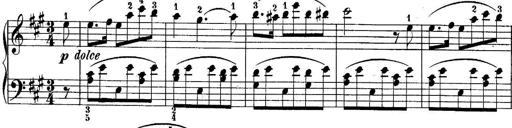
Title: 10 Sonatines progressives
Composer: Anton Schmoll